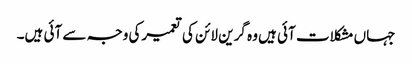
جہاں مشکلات آئی ہیں وہ گرین لائن کی تعمیرکی وجہ سے آئی ہیں۔